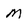
Character: M